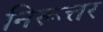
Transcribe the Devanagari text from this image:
निरूत्तर